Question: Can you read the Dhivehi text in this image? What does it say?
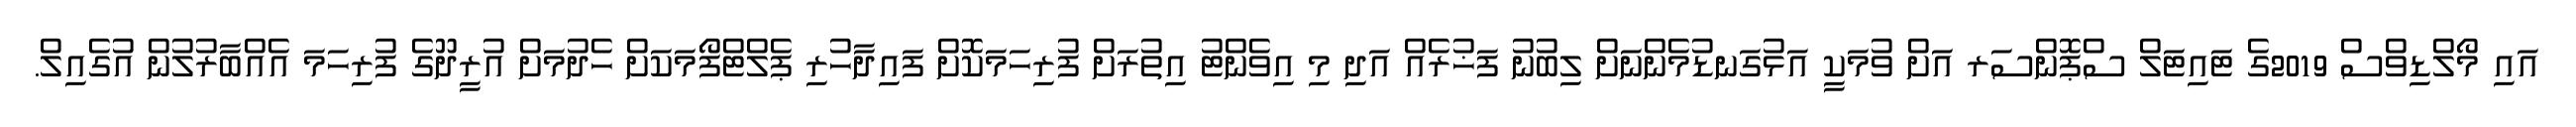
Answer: އައި މޯލްޑިވްސް 2019ގެ ޓައިޓަލް ސްޕޮންސަރ އަށް ވުމަކީ އަޅުގަނޑުމެންނަށް ލިބުނު ފަޚުރެއް އަދި މި އިވެންޓު އިތުރަށް ފުރިހަމަކޮށް ފައިދާހުރި ޕެލްޓްފޯމަކަށް ހެދުމަށް އުރީދޫގެ ފުރިހަމަ އެއްބާރުލުން އުގެއިލް.